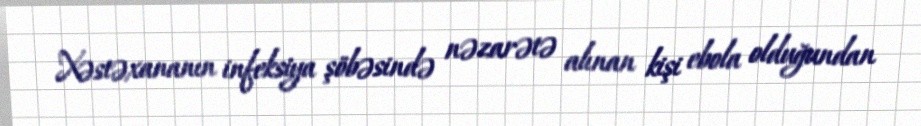
Xəstəxananın infeksiya şöbəsində nəzarətə alınan kişi ebola olduğundan